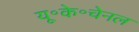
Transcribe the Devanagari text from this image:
यू॰के॰चेनल